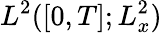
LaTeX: L^{2}([0,T];L_{x}^{2})